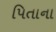
પિતાના